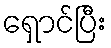
ရှောင်ပြီး